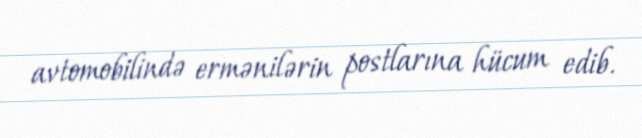
avtomobilində ermənilərin postlarına hücum edib.